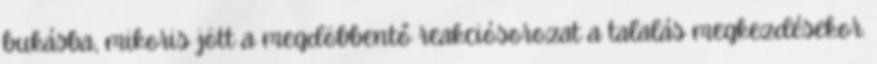
bukásba, mikoris jött a megdöbbentő reakciósorozat a talalás megkezdésekor.